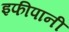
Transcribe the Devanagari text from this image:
इफीपानी